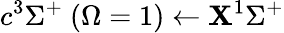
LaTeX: c^{3}\Sigma^{+}\ (\Omega=1)\leftarrow\mathbf{X}^{1}\Sigma^{+}